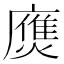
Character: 𢋗